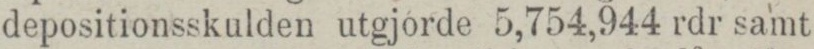
depositionsskulden utgjorde 5,754,944 rdr samt